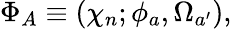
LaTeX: \Phi_{A}\equiv(\chi_{n};\phi_{a},\Omega_{a^{\prime}}),